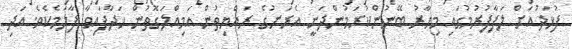
ފުޅަދުއަށް ލަފާފުރުމުގައި މިހާރު ބޭނުންކުރަމުންދަނީ އެރަށުގެ ރައްޔިތުން އަމިއްލަގޮތުން ހަދާފައިވާ ފާލަމެކެވެ. އަދި